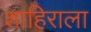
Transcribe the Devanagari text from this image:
शाहिराला